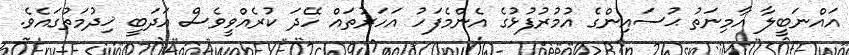
އައްނަބީލާ އާމިނަތު ޙުސައިންގެ އުމުރުފުޅުގެ އެންމެފަހު އަހަރުތައް ހޭދަ ކުރެއްވީވެސް އަދަބީ ޚިދުމަތުގައެވެ.